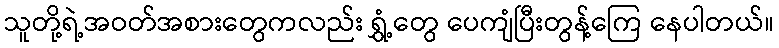
သူတို့ရဲ့အဝတ်အစားတွေကလည်း ရွှံ့တွေ ပေကျံပြီးတွန့်ကြေ နေပါတယ်။